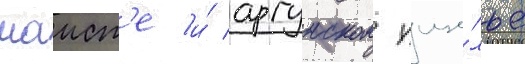
маист'е и́ аргунском уще́лье